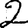
Digit: 2